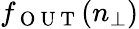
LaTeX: f_{\mathrm{~O~U~T~}}(n_{\perp})